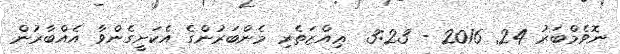
ނޮވެމްބަރު 24